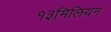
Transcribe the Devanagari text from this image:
१३मिलियन